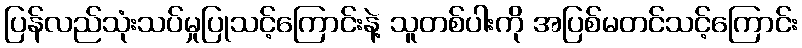
ပြန်လည်သုံးသပ်မှုပြုသင့်ကြောင်းနဲ့ သူတစ်ပါးကို အပြစ်မတင်သင့်ကြောင်း